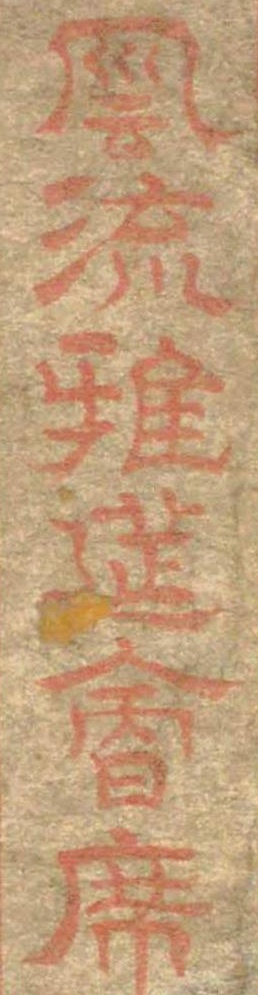
風流雅莚会席